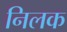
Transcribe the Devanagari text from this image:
निलक